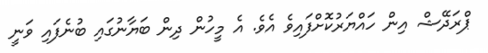
ޕްރަދޭޝް އިން ހައްޔަރުކޮށްފައިވެ އެވެ. އެ މީހުން ދިން ބަޔާނުގައި ބުނެފައި ވަނީ